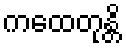
ကထေတုန္တိ